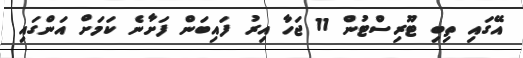
އޭގައި ތިބި ޓޫރިސްޓުން 11 ޖަހާ އިރު ފައިބަން ފަށާނެ ކަމަށް އަންގައި